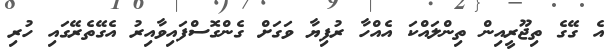
އެ ގޭގެ ތިޖޫރީއިން ތިންލައްކަ އެއްހާ ރުފިޔާ ވަގަށް ގެންގޮސްފައިވާއިރު އެގޭތެރޭގައި ހުރި